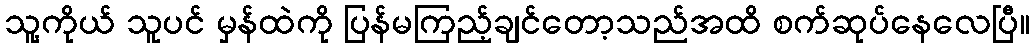
သူ့ကိုယ် သူပင် မှန်ထဲကို ပြန်မကြည့်ချင်တော့သည်အထိ စက်ဆုပ်နေလေပြီ။